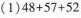
(1)$$48+57+52$$